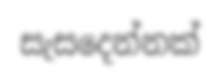
සැසදෙන්නක්